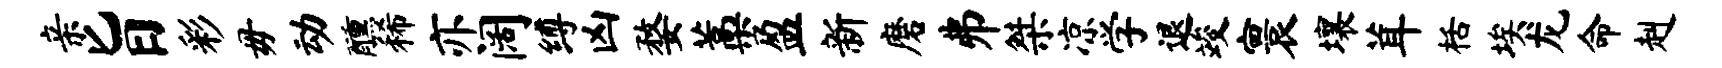
亲旨彩毋动醺稀亦阔缚凶婺藁盈新磨井桀凉学退竣寰壤茸栝埃龙命赳